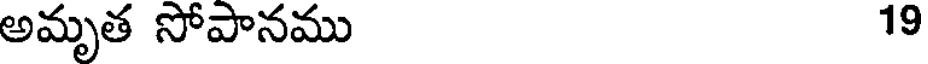
అమృత సోపానము 19